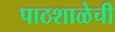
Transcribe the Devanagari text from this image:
पाठशाळेची